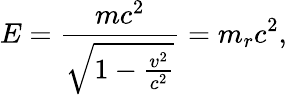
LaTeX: E={\frac{mc^{2}}{\sqrt{1-{\frac{v^{2}}{c^{2}}}}}}=m_{r}c^{2},